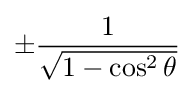
\pm {\frac {1}{\sqrt {1-\cos ^{2}\theta }}}